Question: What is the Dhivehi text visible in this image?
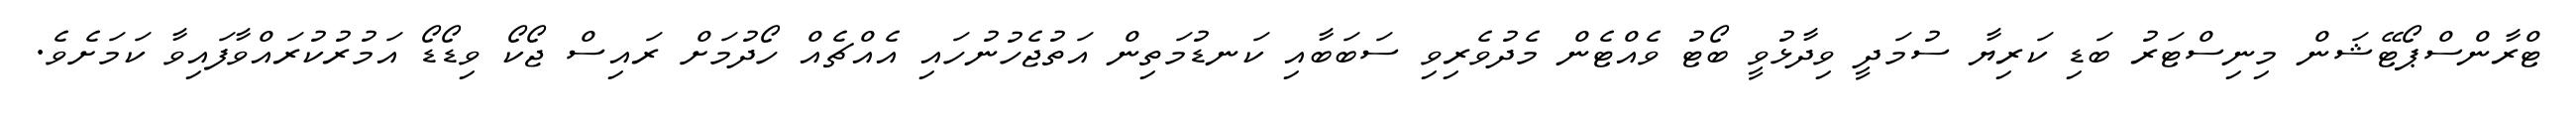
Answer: ޓްރާންސްޕޯޓޭޝަން މިނިސްޓަރު ބަޑި ކަރިޔާ ސުމަދީ ވިދާޅުވީ ބޯޓު ވެއްޓެން މެދުވެރިވި ސަބަބާއި ކަނޑުމަތިން އަތުޖެހުނުހައި އެއްޗެއް ހޯދުމަށް ރައިސް ޖޯކޯ ވިޑޯޑޯ އަމުރުކުރައްވާފައިވާ ކަމަށެވެ.